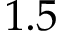
1 . 5